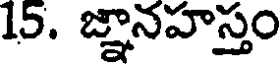
15. జ్ఞానహస్తం